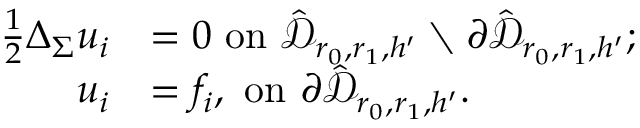
\begin{array} { r l } { \frac { 1 } { 2 } \Delta _ { \Sigma } u _ { i } } & { = 0 \mathrm { ~ o n ~ } \hat { \mathcal D } _ { r _ { 0 } , r _ { 1 } , h ^ { \prime } } \setminus \partial \hat { \mathcal D } _ { r _ { 0 } , r _ { 1 } , h ^ { \prime } } ; } \\ { u _ { i } } & { = f _ { i } , \mathrm { ~ o n ~ } \partial \hat { \mathcal D } _ { r _ { 0 } , r _ { 1 } , h ^ { \prime } } . } \end{array}